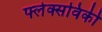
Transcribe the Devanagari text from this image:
फ्लेक्सविकी